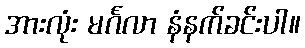
အားလုံး မင်္ဂလာ နံနက်ခင်းပါ။